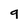
Character: 9